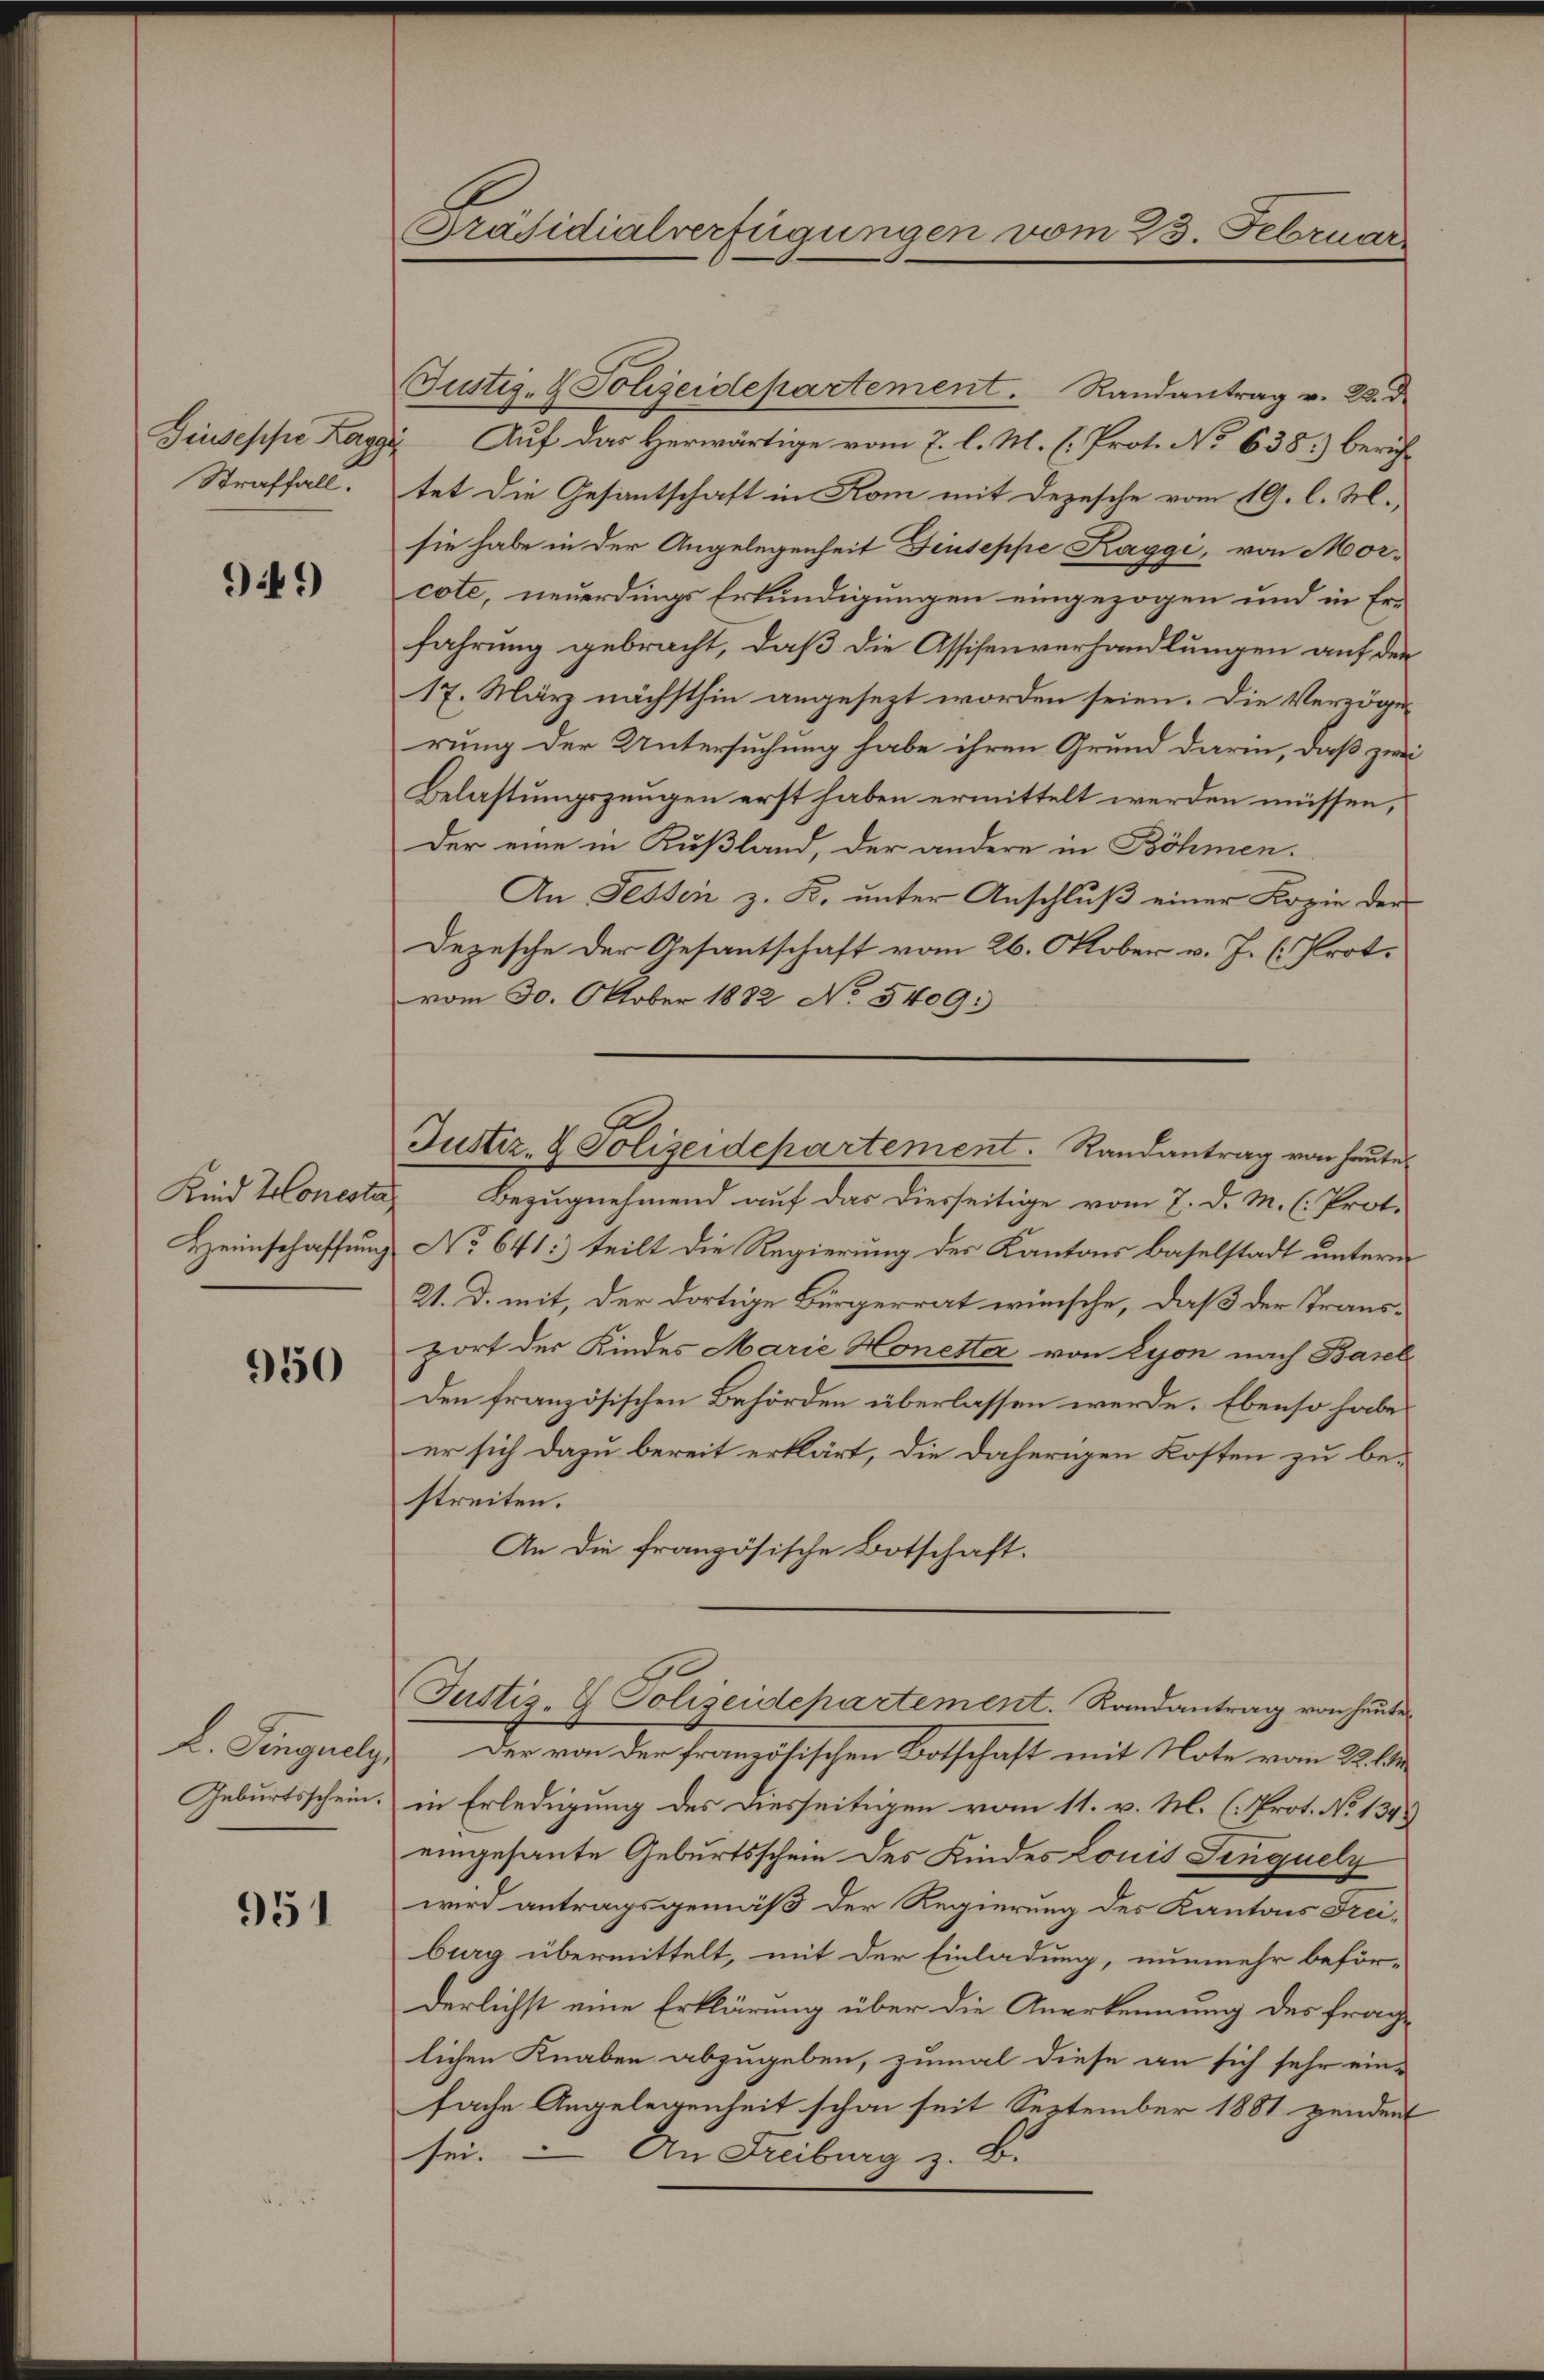
Straffall.

9449

Kind Honestä
Heimschaffung

950

L. Finguely

951

Präsidialverfügungen vom 23. Februar

Justiz- & Polizeidepartement. Randantrag v. 28. d.
Giuseppe Laggi Auf das Herwärtige vom 7. l. M. (: Prot. No 638.) berich-
tet die Gesantschaft in Kom mit Depesche vom 19. l. M.,
sie habe in der Angelegenheit Fiuseppe Kaggi, von Morcote, neuerdings Erkundigungen eingezogen und in Erfahrung gebracht, daß die Assisenverhandlungen auf den
17. März nächsthin angesezt worden seien. Die Verzöge
rung der Untersuchung habe ihren Grund darin, daß zwei
Belastungszeugen erst haben ermittelt werden müssen,
Der eine in Rußland, der andere in Böhmen.
An Fessen z. B. unter Anschluß einer Kopie der
Depesche der Gesantschaft vom 26. Oktober v. J. C. Prot.
vom 30. Oktober 1882 No 5409:
Bezugnehmend auf das diesseitige vom 7. d. M. (: Prot.
No 641:) teilt die Regierung des Kantons Baselstadt unterm
21. d. mit, der dortige Bürgerrat wünsche, daß der Transport der Kindes Marie Honetta von Lyon nach Basel
Den französischen Behörden überlassen werde. Ebenso habe
er sich dazu bereit erklärt, die daherigen Kosten zu bestreiten.
An die französische Botschaft.
Justiz- & Polizeidepartement. Randantrag von heute
Der von der französischen Botschaft mit Note vom 22. 1
Geburtsschein; in Erledigung des Diesseitigen vom 11. v. M. (: Prot. No 134.
eingesante Geburtsschein des Kindes Louis Finquely
wird antragsgemäß der Regierung des Kantons Freiburg übermittelt, mit der Einladung, nunmehr beför-
derlichst eine Erklärung über die Anerkennung des frag
lichen Knaben abzugeben, zumal diese an sich sehr ein-
fache Angelegenheit schon seit September 1881 pendent
sei. — An Freiburg z. B.

Justiz- & Polizeidepartement. Randantrag von heute